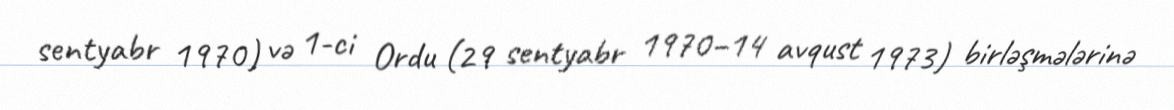
sentyabr 1970) və 1-ci Ordu (29 sentyabr 1970–14 avqust 1973) birləşmələrinə